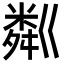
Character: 粼